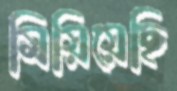
মিয়িয়েছি